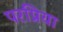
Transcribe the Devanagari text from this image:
परप्रिया